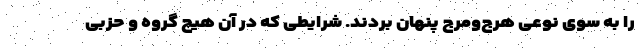
را به سوی نوعی هرج‌ومرج پنهان بردند. شرایطی که در آن هیچ گروه و حزبی